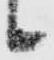
候